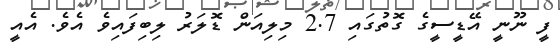
ފީ ނޫނީ އޭޑީސީގެ ގޮތުގައި 2.7 މިލިއަން ޑޮލަރު ލިބިފައިވެ އެވެ. އެއީ